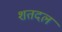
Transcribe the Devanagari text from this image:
शतदल